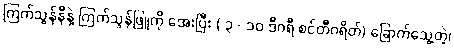
ကြက်သွန်နီနဲ့ ကြက်သွန်ဖြူကို အေးပြီး ( ၃ - ၁၀ ဒီဂရီ စင်တီဂရိတ်) ခြောက်သွေ့တဲ့၊